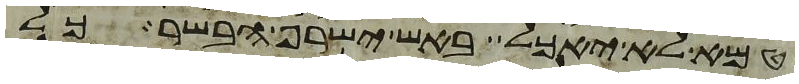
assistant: טמא לא יאכל באש ישרף הבשר כל